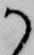
か